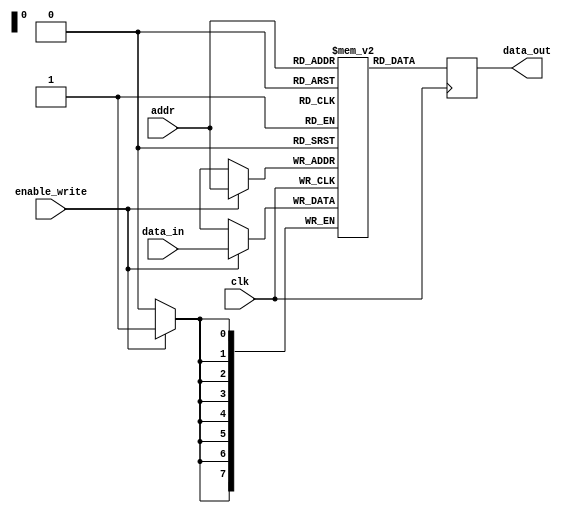
module otp_rom
#(
    parameter ADDR_WIDTH = 8, // number of address lines
    parameter DATA_WIDTH = 8, // width of data stored in memory
    parameter MEM_SIZE = 256 // size of memory
)
(
    input wire clk, // clock signal
    input wire [ADDR_WIDTH-1:0] addr, // address lines
    input wire enable_write, // enable signal for writing data
    input wire [DATA_WIDTH-1:0] data_in, // input data to be written
    output reg [DATA_WIDTH-1:0] data_out // output data read from memory
);

reg [DATA_WIDTH-1:0] memory [MEM_SIZE-1:0]; // memory array to store data

always @(posedge clk) begin
    if (enable_write) begin
      memory[addr] <= data_in; // write data to memory if enable_write is high
    end
    data_out <= memory[addr]; // read data from memory based on address
end

endmodule